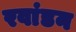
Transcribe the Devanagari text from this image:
रवांडन